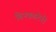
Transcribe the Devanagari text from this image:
बिनकाटेरी